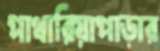
পাথারিয়াপাড়ার